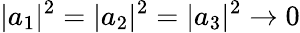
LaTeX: |a_{1}|^{2}=|a_{2}|^{2}=|a_{3}|^{2}\rightarrow 0